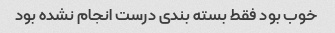
خوب بود فقط بسته بندی درست انجام نشده بود